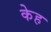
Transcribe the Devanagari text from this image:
केह